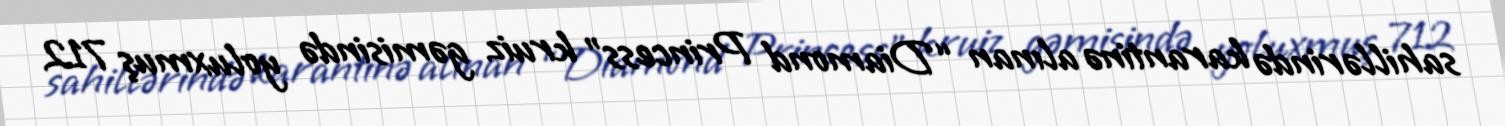
sahillərində karantinə alınan “Diamond Princess” kruiz gəmisində yoluxmuş 712